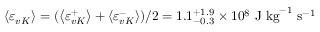
\left\langle \varepsilon _ { v K } \right\rangle = ( \left\langle \varepsilon _ { v K } ^ { + } \right\rangle + \left\langle \varepsilon _ { v K } ^ { - } \right\rangle ) / 2 = 1 . 1 _ { - 0 . 3 } ^ { + 1 . 9 } \times 1 0 ^ { 8 } ~ \mathrm { J } ~ \mathrm { k g } ^ { - 1 } ~ \mathrm { s } ^ { - 1 }